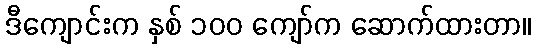
ဒီကျောင်းက နှစ် ၁၀၀ ကျော်က ဆောက်ထားတာ။